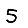
Digit: 5